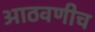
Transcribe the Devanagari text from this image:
आठवणीच